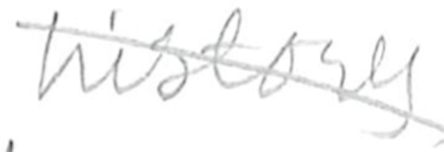
Text: history
Cross-out: mix
Writing tool: pencil